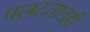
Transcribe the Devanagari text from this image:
पलटतातही